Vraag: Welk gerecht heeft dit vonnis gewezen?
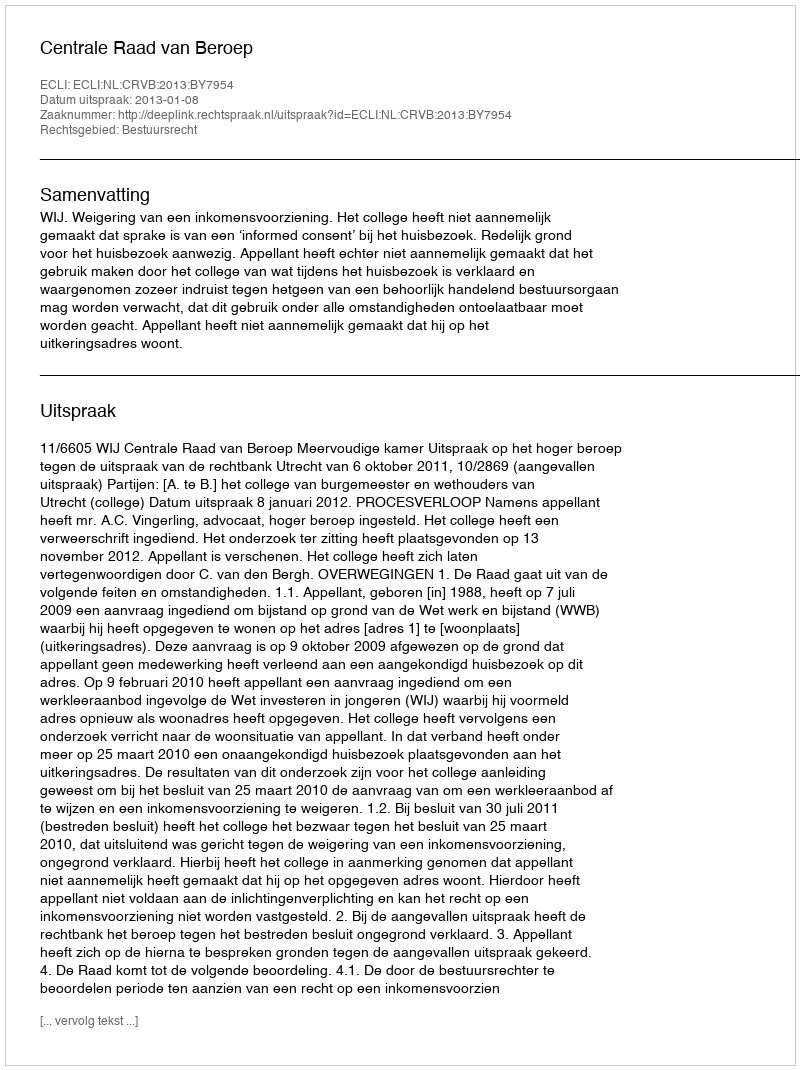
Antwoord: Centrale Raad van Beroep